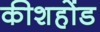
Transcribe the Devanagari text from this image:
कीशहोंड